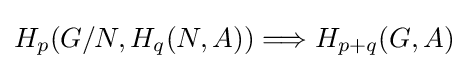
H_{p}(G/N,H_{q}(N,A))\Longrightarrow H_{p+q}(G,A)